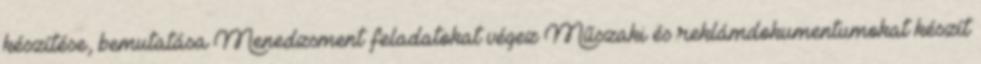
készítése, bemutatása Menedzsment feladatokat végez Műszaki és reklámdokumentumokat készít